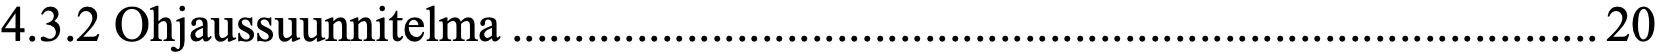
4.3.2 Ohjaussuunnitelma ....................................................................................... 20